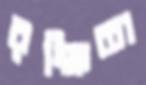
রক্ষিতা